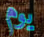
يوم